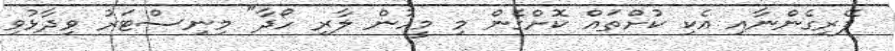
ފޭރިގެންނާއި އެކި ކުށްތައް ކޮށްގެން މި މީހުން ލާރި ހޯދާ" މިނިސްޓަރު ވިދާޅުވި